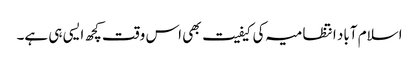
اسلام آباد انتظامیہ کی کیفیت بھی اس وقت کچھ ایسی ہی ہے۔